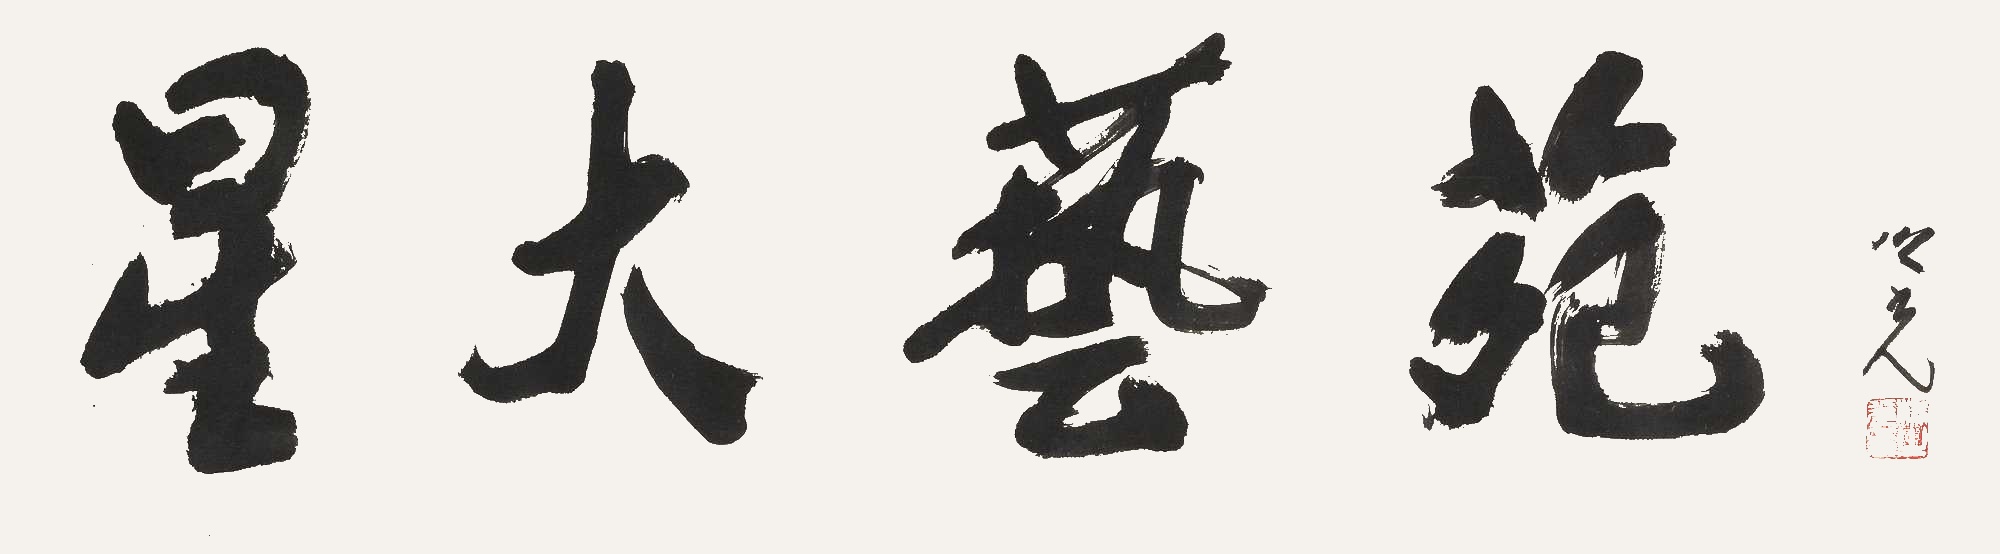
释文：星大艺苑之光。